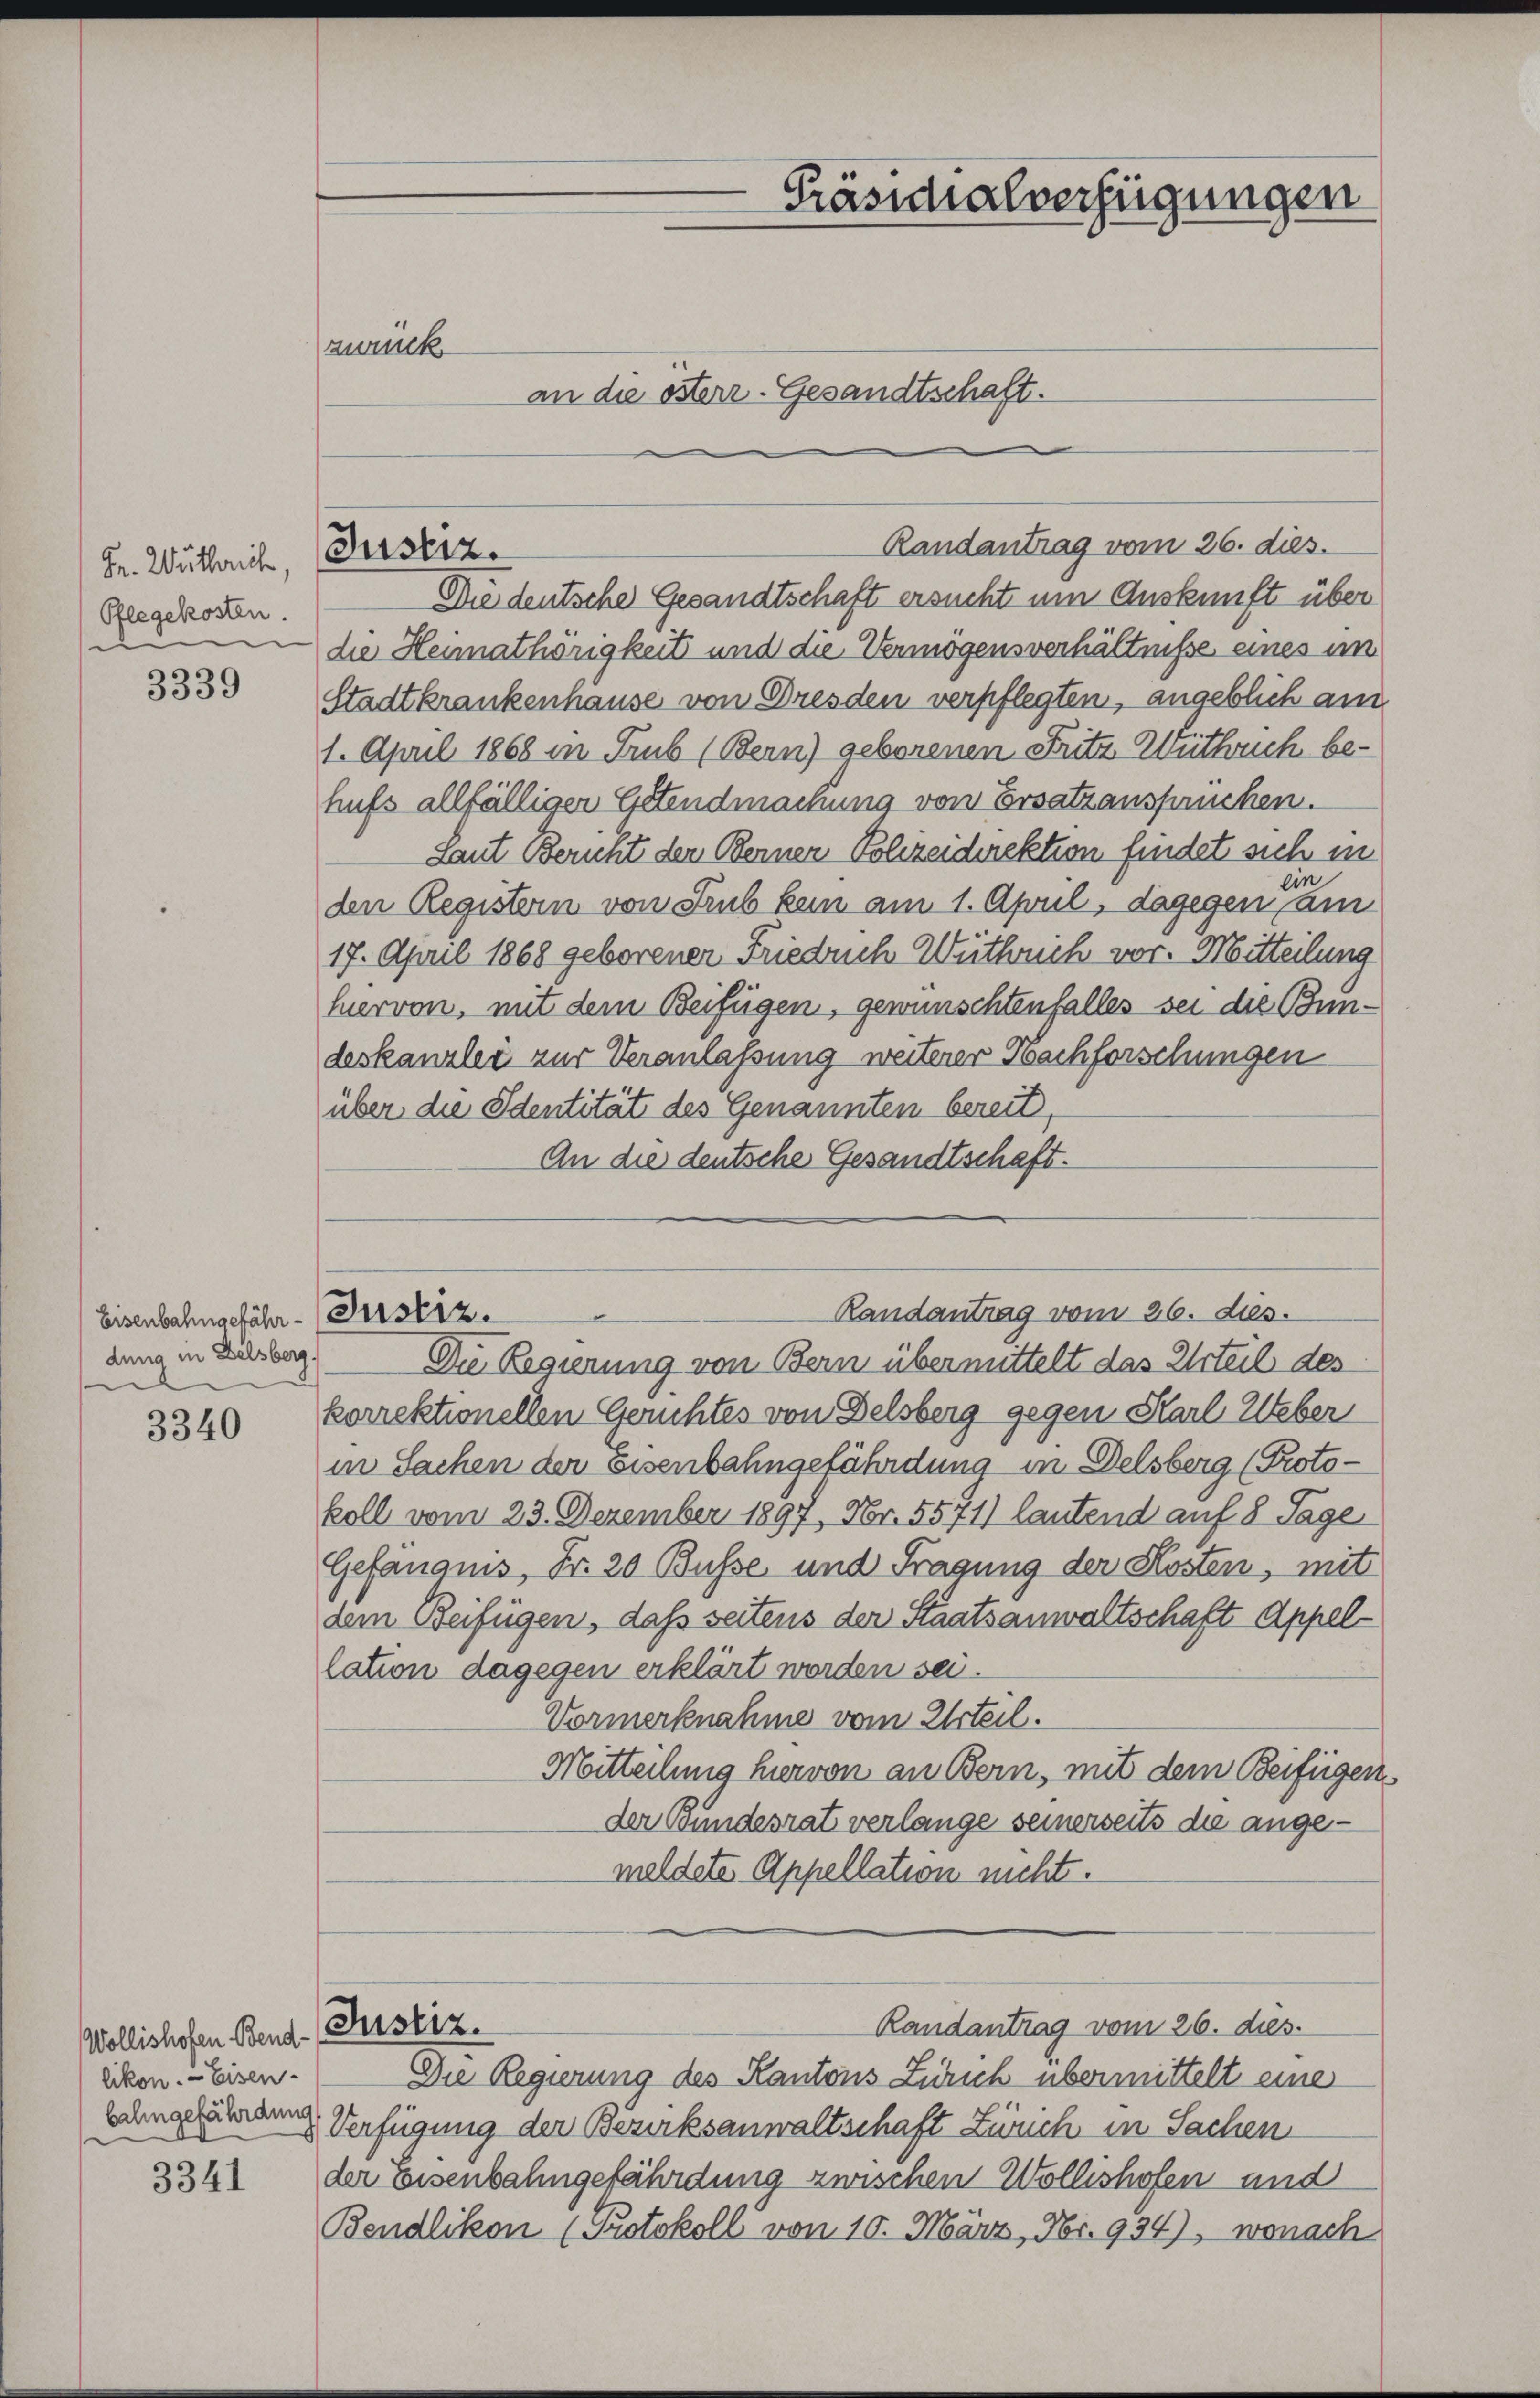
Fr. Wutherich,
Pflegekosten.

3339

Eisenbahnschähr-Justiz.
dung in Delsberg.
e

3340

Wollishofen Bend-Rustiz.
likon. — Eisen-

3341

zurück
an die österr-Gesandtschaft.

Justiz.

Präsidialverfügungen

Die deutsche Gesandtschaft ersucht um Auskunft über
die Heimathörigkeit und die Vermögensverhältnisse eines im
Stadtkrankenhause von Dresden verpflegten, angeblich am
1. April 1868 in Trub (Bern) geborenen Fritz Weitherich behufs allfälliger Getendmachung von Ersatzansprüchen.
Laut Bericht der Berner Polizeidirektion findet sich in
in
den Registern von Trub kein am 1. April, dagegen am
17. April 1868 geborener Friedrich Wüthrich vor. Mitteilung
hervon, mit dem Beifügen, gewünschtenfalles sei die Bundeskanzlei zur Veranlassung weiterer Nachforschungen
über die Identität des Genannten bereit,
An die deutsche Gesandtschaft.

Randantrag vom 26. dies.

Randantrag vom 26. dies.

Die Regierung von Bern übermittelt das Urteil des
korrektionellen Gerichtes von Delsberg gegen Karl Ueber
in Sachen der Eisenbahngefährdung in Delsberg (Protokoll vom 23. Dezember 1897, Nr. 5571) lautend auf 8 Tage
Gefandnis, Fr. 20 Busse und Fragung der Kosten, mit
dem Beifügen, daß seitens der Staatsanwaltschaft Appellation dagegen erklärt werden sei.
Vormerknahme vom Urteil.
Mitteilung hiervon an Bern, mit dem Beifügen
der Bundesrat verlange seinerseits die angemeldete Appellation nicht.
Randantrag vom 26. dies.
Die Regierung des Kantons Zürich übermittelt eine
zangezuladung Verfügung der Bezirksanwaltschaft Zürich in Sachen
der Eisenbahngefährdung zwischen Wollishofen und
Bendlikon (Protokoll von 10. März, Nr. 934), wonach